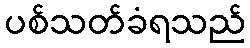
ပစ်သတ်ခံရသည်